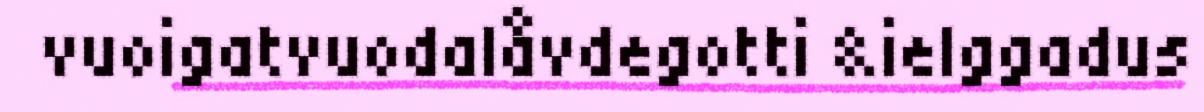
vuoigatvuodalåvdegotti &ielggadus